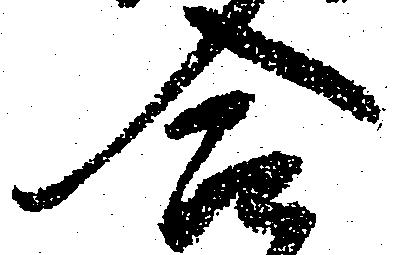
合